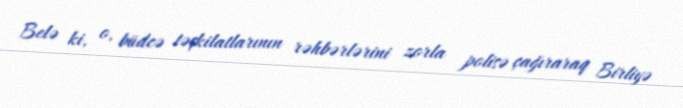
Belə ki, o, büdcə təşkilatlarının rəhbərlərini zorla polisə çağıraraq Birliyə